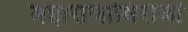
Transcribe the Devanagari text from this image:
महाराजाधिराजों